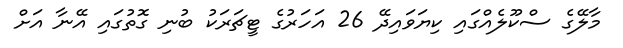
މާލޭގެ ސްކޫލެއްގައި ކިޔަވައިދޭ 26 އަހަރުގެ ޓީޗަރަކު ބުނި ގޮތުގައި އޭނާ އަށް